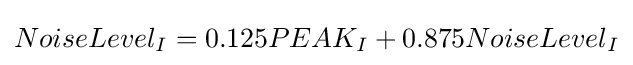
NoiseLevel_{I}=0.125PEAK_{I}+0.875NoiseLevel_{I}